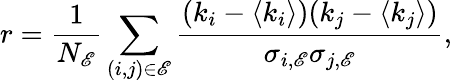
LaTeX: r=\frac{1}{N_{\mathscr{E}}}\sum_{(i,j)\in\mathscr{E}}\frac{(k_{i}-\left\langle k_{i}\right\rangle)(k_{j}-\left\langle k_{j}\right\rangle)}{\sigma_{i,\mathscr{E}}\sigma_{j,\mathscr{E}}},